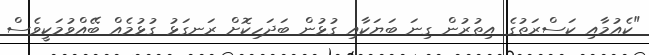
"ކެއުމާއި ކަސްރަތުގެ އިތުރުން ގިނަ ބަޔަކާއި ގުޅުން ބަދަހިކޮށް ރަނގަޅު ގުޅުމެއް ބޭއްވުމަކީވެސް